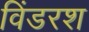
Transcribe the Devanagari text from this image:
विंडरश